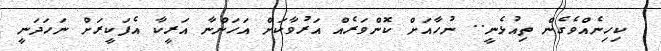
ކިހިނެއްވެގެން ތިއުޅެނީ.. ނުހާއަށް ކޮންވަރެއް އަރުވާކަށް އަހަންނާ އަރީކާ އެފަކީރަށް ނަހަދަނީ